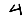
Digit: 4